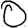
Digit: 0